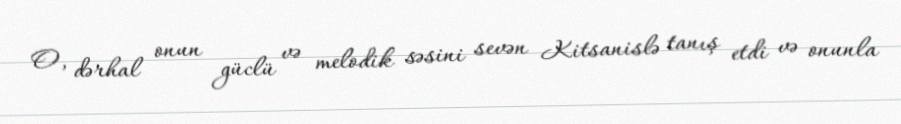
O, dərhal onun güclü və melodik səsini sevən Kitsanislə tanış etdi və onunla